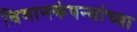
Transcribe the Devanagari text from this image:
विमानकंपन्यांच्या